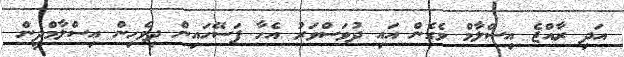
އަދި ރާއްޖެ އިސްލާމް ވެގެން އައި ދުވަސްވަރު އެހާ ފަސޭހައިން ދިވެހިން އިސްލާމްދީން